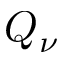
Q _ { \nu }